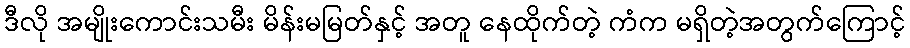
ဒီလို အမျိုးကောင်းသမီး မိန်းမမြတ်နှင့် အတူ နေထိုက်တဲ့ ကံက မရှိတဲ့အတွက်ကြောင့်